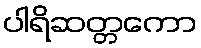
ပါရိဆတ္တကော